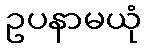
ဥပနာမယုံ